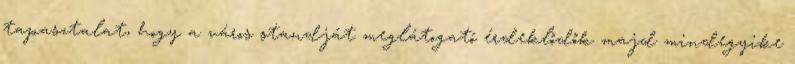
tapasztalat, hogy a város standját meglátogató érdeklődők majd mindegyike